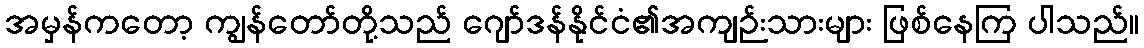
အမှန်ကတော့ ကျွန်တော်တို့သည် ဂျော်ဒန်နိုင်ငံ၏အကျဉ်းသားများ ဖြစ်နေကြ ပါသည်။